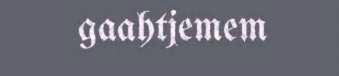
gaahtjemem